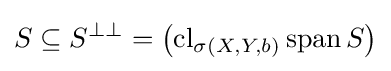
S\subseteq S^{\perp \perp }=\left(\operatorname {cl} _{\sigma (X,Y,b)}\operatorname {span} S\right)